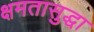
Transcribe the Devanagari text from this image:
क्षमतासुद्धा